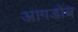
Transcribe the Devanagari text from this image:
आगडोंब